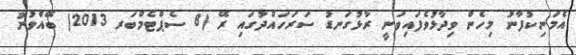
އެމަނިކުފާނު މިހެން ވިދާޅުވެފައިވަނީ ރާޅުގަނޑު ސަރަހައްދުގައި ރޭ (8 ސެޕްޓެމްބަރ 2013) ބޭއްވުނު